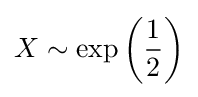
X\sim \operatorname {exp} \left({\frac {1}{2}}\right)